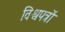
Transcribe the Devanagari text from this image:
विश्वपत्रों